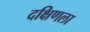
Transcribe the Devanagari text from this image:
दक्षिणला